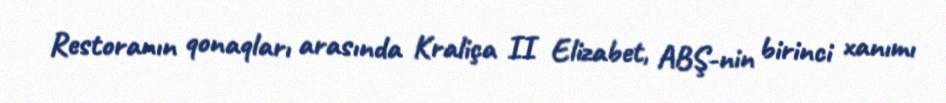
Restoranın qonaqları arasında Kraliça II Elizabet, ABŞ-nin birinci xanımı